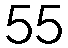
55